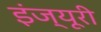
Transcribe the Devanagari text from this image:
इंज्यूरी